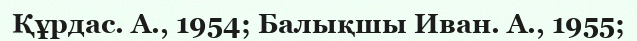
Құрдас. А., 1954; Балықшы Иван. А., 1955;